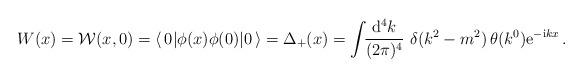
LaTeX: \begin{align*}W(x) = {\cal W}(x,0) = \langle\, 0 | \phi(x)\phi(0) | 0 \,\rangle= \Delta_+(x)= {\displaystyle \int \!\! \frac{{\rm d}^4 k}{(2\pi)^4}} \,\, \delta(k^2 - m^2)\, \theta(k^0) {\rm e}^{-{\rm i} k x }\,.\end{align*}